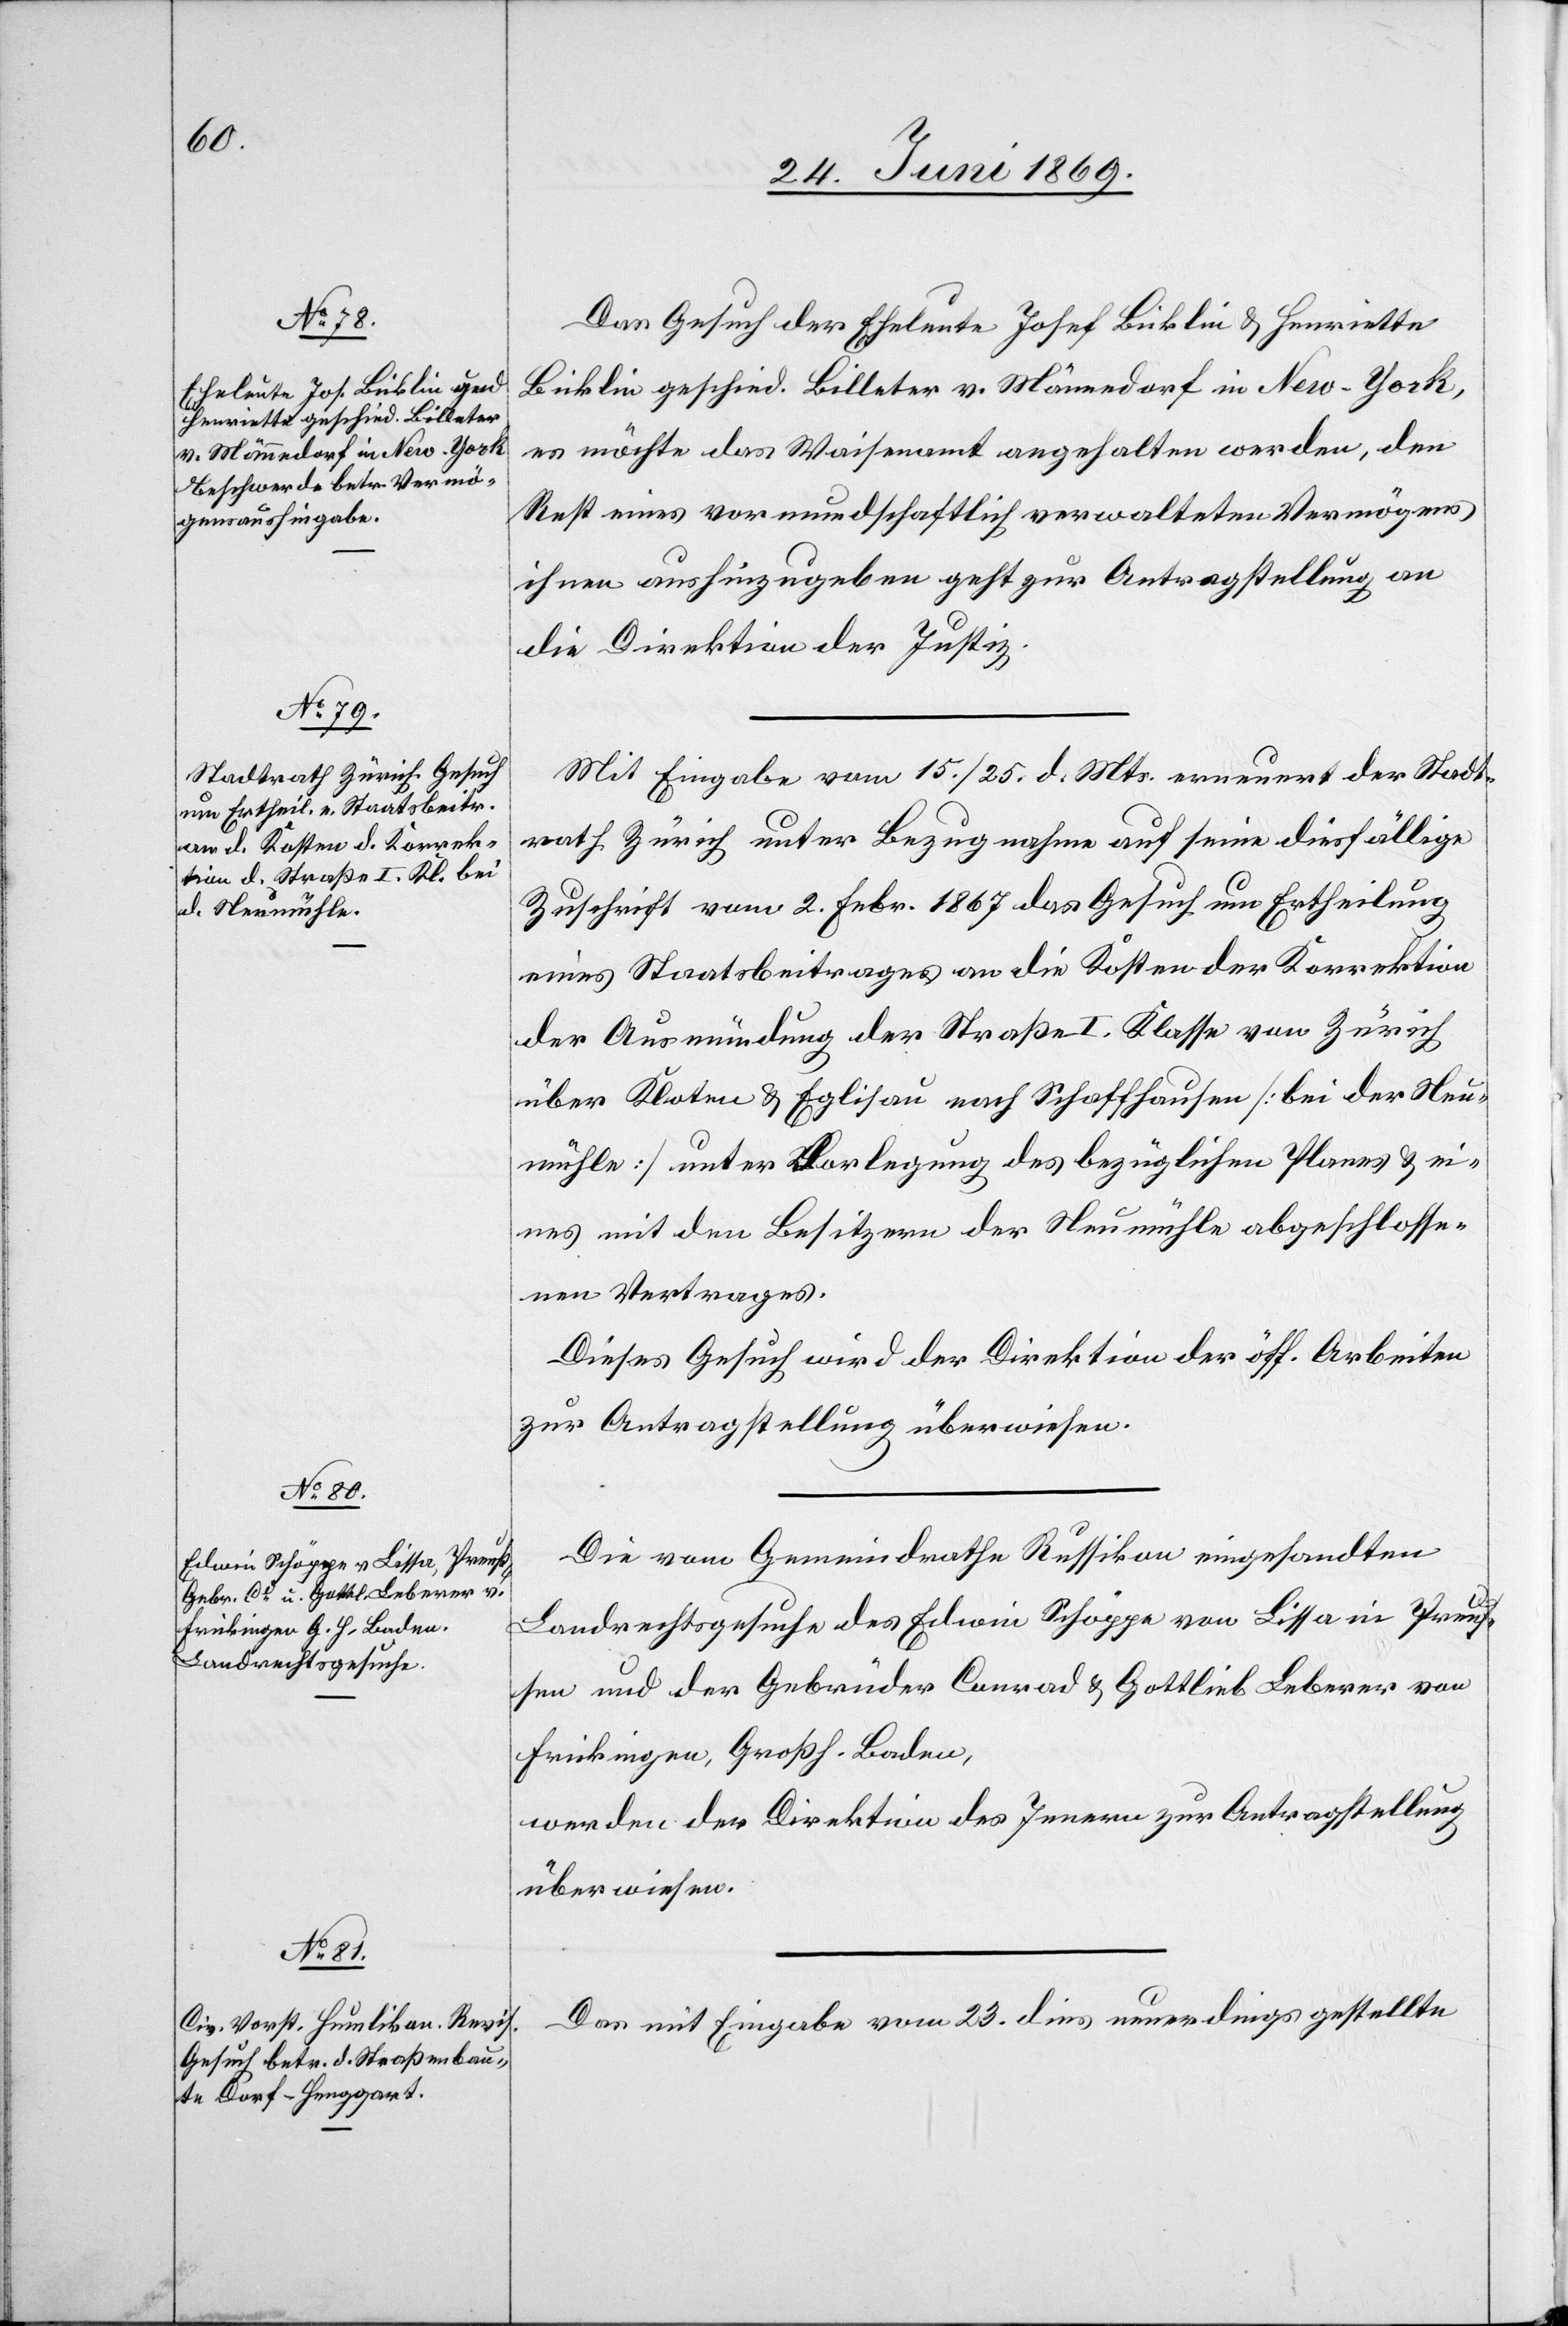
abgeschlo¬
der Neumühle

25. Juni 1869.]
Das Gesuch der Eheleute Josef Bicklin u. Henriette
Bicklin geschied. Billeter v. Männedorf in New-York,
es möchte das Waisenamt angehalten werden, den
Rest eines vormundschaftlich verwalteten Vermögens
ihnen aushinzugeben geht zur Antragstellung an
die Direktion der Justiz.
Mit Eingabe vom 15./25. d. Mts. erneuert der Stadt¬
rath Zürich unter Bezugnahme auf seine diesfällige
Zuschrift vom 2. Febr. 1867 das Gesuch um Ertheilung
eines Staatsbeitrages an die Kosten der Korrektion
der Ausmündung der Straße I. Klasse von Zürich
über Kloten und Eglisau nach Schaffhausen [bei der Neu¬
ssenen Vertrages.
Dieses Gesuch wird der Direktion der öff. Arbeiten
zur Antragstellung überwiesen.
Die vom Gemeindrathe Russikon eingesandten
Landrechtsgesuche des Edwin Schöppe von Lissa in Preuß¬
en und der Gebrüder Conrad u. Gottlieb Leberer von
Freikingen, Großh. Baden,
werden der Direktion des Innern zur Antragstellung
überwiesen.
Das mit Eingabe vom 23. dies neuerdings gestellte